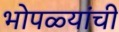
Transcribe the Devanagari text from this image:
भोपळ्यांची